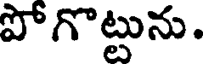
పోగొట్టును.